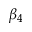
\beta _ { 4 }